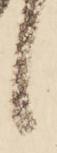
候